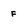
Character: F